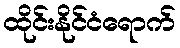
ထိုင်းနိုင်ငံရောက်